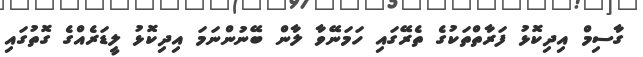
ގާސިމް އިދިކޮޅު ފަރާތްތަކުގެ ތެރޭގައި ހަމަނޭވާ ލާން ބޭނުންނަމަ އިދިކޮޅު ލީޑަރެއްގެ ގޮތުގައި